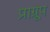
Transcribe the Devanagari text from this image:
प्राग्रूप